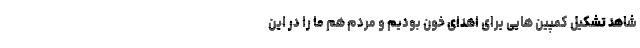
شاهد تشکیل کمپین هایی برای اهدای خون بودیم و مردم هم ما را در این